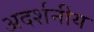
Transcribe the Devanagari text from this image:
अदर्शनीय